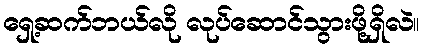
ရှေ့ဆက်ဘယ်လို လုပ်ဆောင်သွားဖို့ရှိလဲ။